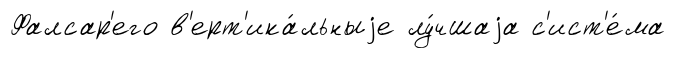
Фалсар'его в'ерт'ика́льныjе лу́чшаjа с'ист'е́ма